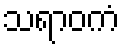
သရာဝကံ